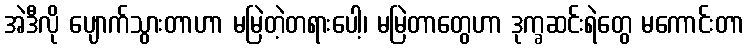
အဲဒီလို ပျောက်သွားတာဟာ မမြဲတဲ့တရားပေါ့၊ မမြဲတာတွေဟာ ဒုက္ခဆင်းရဲတွေ မကောင်းတာ